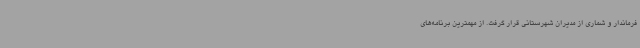
فرماندار و شماری از مدیران شهرستانی قرار گرفت. از مهمترین برنامه‌های